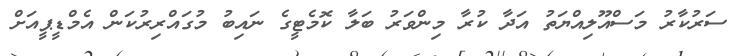
ސަރުކާރު މަސްއޫލިއްޔަތު އަދާ ކުރާ މިންވަރު ބަލާ ކޮމެޓީގެ ނައިބު މުގައްރިރުކަން އެމްޑީޕީއަށް